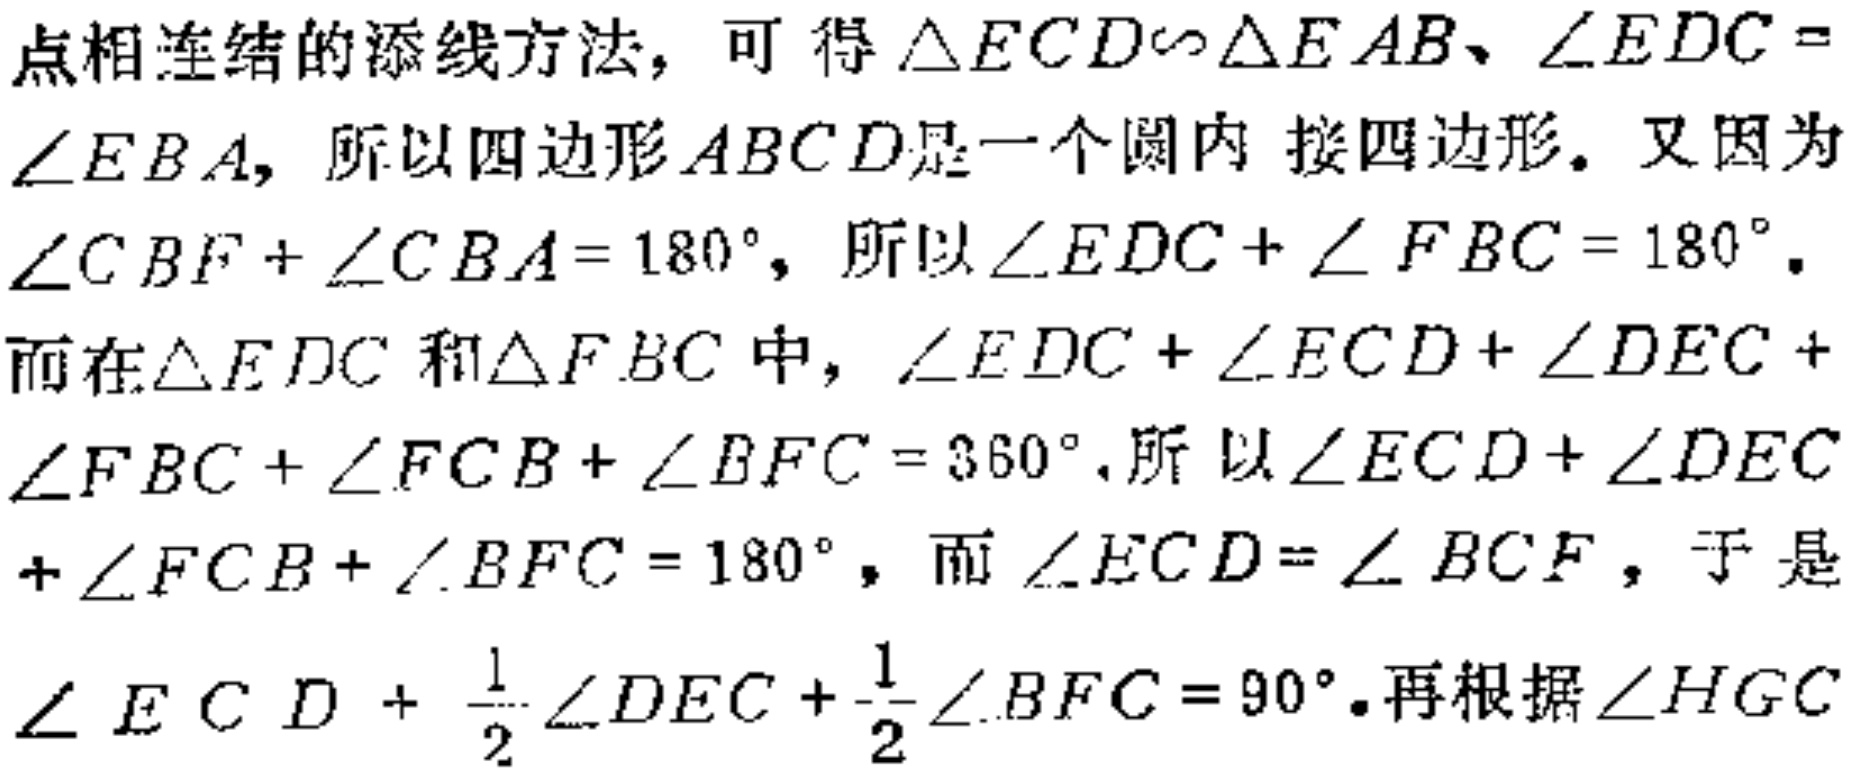
点相连结的添线方法，可得$\triangle ECD\sim\triangle EAB、\angle EDC = \angle EBA$，所以四边形$ABCD$是一个圆内 接四边形。又因为$\angle CBF+\angle CBA = 180^{\circ}$，所以$\angle EDC+\angle FBC = 180^{\circ}$。而在$\triangle EDC$和$\triangle FBC$中，$\angle EDC+\angle ECD+\angle DEC+\angle FBC+\angle FCB+\angle BFC = 360^{\circ}$,所以$\angle ECD+\angle DEC+\angle FCB+\angle BFC = 180^{\circ}$，而$\angle ECD=\angle BCF$，于是$\angle ECD+\frac{1}{2}\angle DEC+\frac{1}{2}\angle BFC = 90^{\circ}$。再根据$\angle HGC$